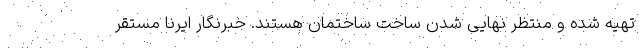
تهیه شده و منتظر نهایی شدن ساخت ساختمان هستند. خبرنگار ایرنا مستقر